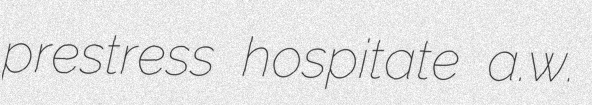
prestress hospitate a.w.